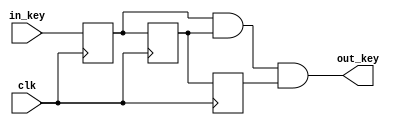
`timescale 1ns / 1ps
//////////////////////////////////////////////////////////////////////////////////
// Company: 
// Engineer: 
// 
// Design Name: 
// Module Name: EliminationBuffet
// Project Name: 
// Target Devices: 
// Tool Versions: 
// Description: 
// 
// Dependencies: 
// 
// Revision:
// Revision 0.01 - File Created
// Additional Comments:
// 
//////////////////////////////////////////////////////////////////////////////////


module EliminationBuffet(
    input in_key,
    input clk,
    output out_key
    );
    reg delay1,delay2,delay3;  
    assign out_key = delay1&delay2&delay3;
    always@(posedge clk)//CLK 100M
    begin
        delay1  <= in_key;
        delay2  <= delay1;
        delay3  <= delay2;
    end
endmodule